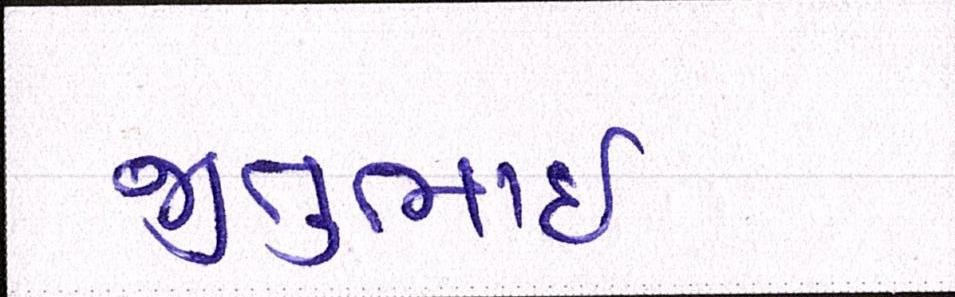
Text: જીતુભાઈ